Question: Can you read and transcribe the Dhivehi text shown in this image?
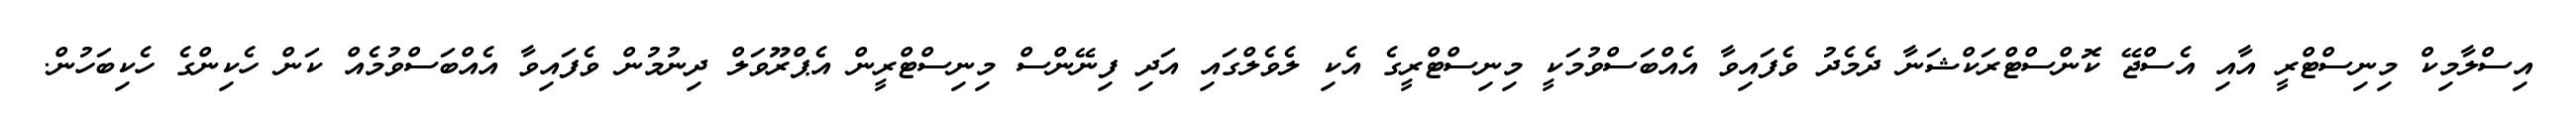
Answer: އިސްލާމިކް މިނިސްޓްރީ އާއި އެސްޖޭ ކޮންސްޓްރަކްޝަނާ ދެމެދު ވެފައިވާ އެއްބަސްވުމަކީ މިނިސްޓްރީގެ އެކި ލެވެލްގައި އަދި ފިނޭންސް މިނިސްޓްރީން އެޕްރޫވަލް ދިނުމުން ވެފައިވާ އެއްބަސްވުމެއް ކަން ހެކިންގެ ހެކިބަހުން.